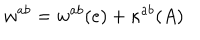
LaTeX: w ^ { a b } = w ^ { a b } ( e ) + \kappa ^ { a b } ( A )